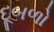
દૂબળો